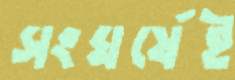
সংঘর্ষেই